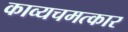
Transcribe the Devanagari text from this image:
काव्यचमत्कार